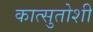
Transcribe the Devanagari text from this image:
कात्सुतोशी